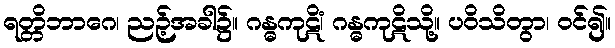
ရတ္တိဘာဂေ၊ ညဉ့်အခါ၌။ ဂန္ဓကုဋိံ၊ ဂန္ဓကုဋိသို့။ ပဝိသိတွာ၊ ဝင်၍။